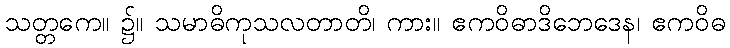
သတ္တကေ။ ၌။ သမာဓိကုသလတာတိ၊ ကား။ ဧကဝိဓာဒိဘေဒေန၊ ဧကဝိဓ